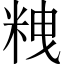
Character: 𥹞